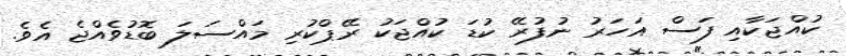
ކުއްޖަކާއި ފަސް އަހަރު ނުފުރޭ ކުޑަ ކުއްޖަކު ރޭޕްކުރި މައްސަލަ ބޮޑުވެއްޖެ އެވެ.